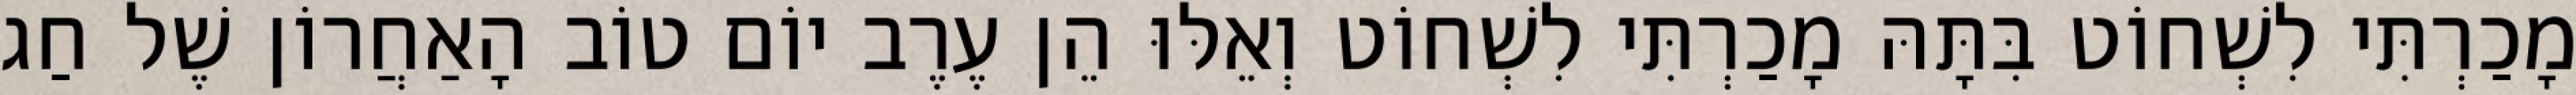
מָכַרְתִּי לִשְׁחוֹט בִּתָּהּ מָכַרְתִּי לִשְׁחוֹט וְאֵלּוּ הֵן עֶרֶב יוֹם טוֹב הָאַחֲרוֹן שֶׁל חַג